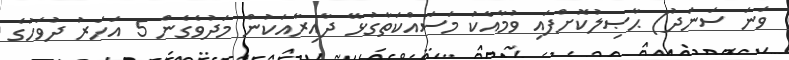
ވަނަ ސަނަދު) ޙާޞިލުކޮށްފައި ވުމާއެކު މަސައްކަތާގުޅޭ ދާއިރާއަކުން މަދުވެގެން 5 އަހަރު ދުވަހުގެ